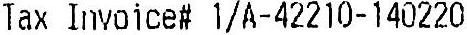
TAX INVOICE# 1/A-42210-140220